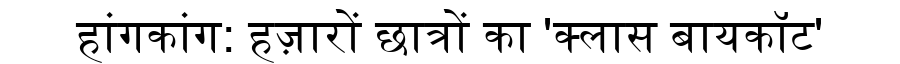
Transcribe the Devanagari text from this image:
हांगकांग: हज़ारों छात्रों का 'क्लास बायकॉट'